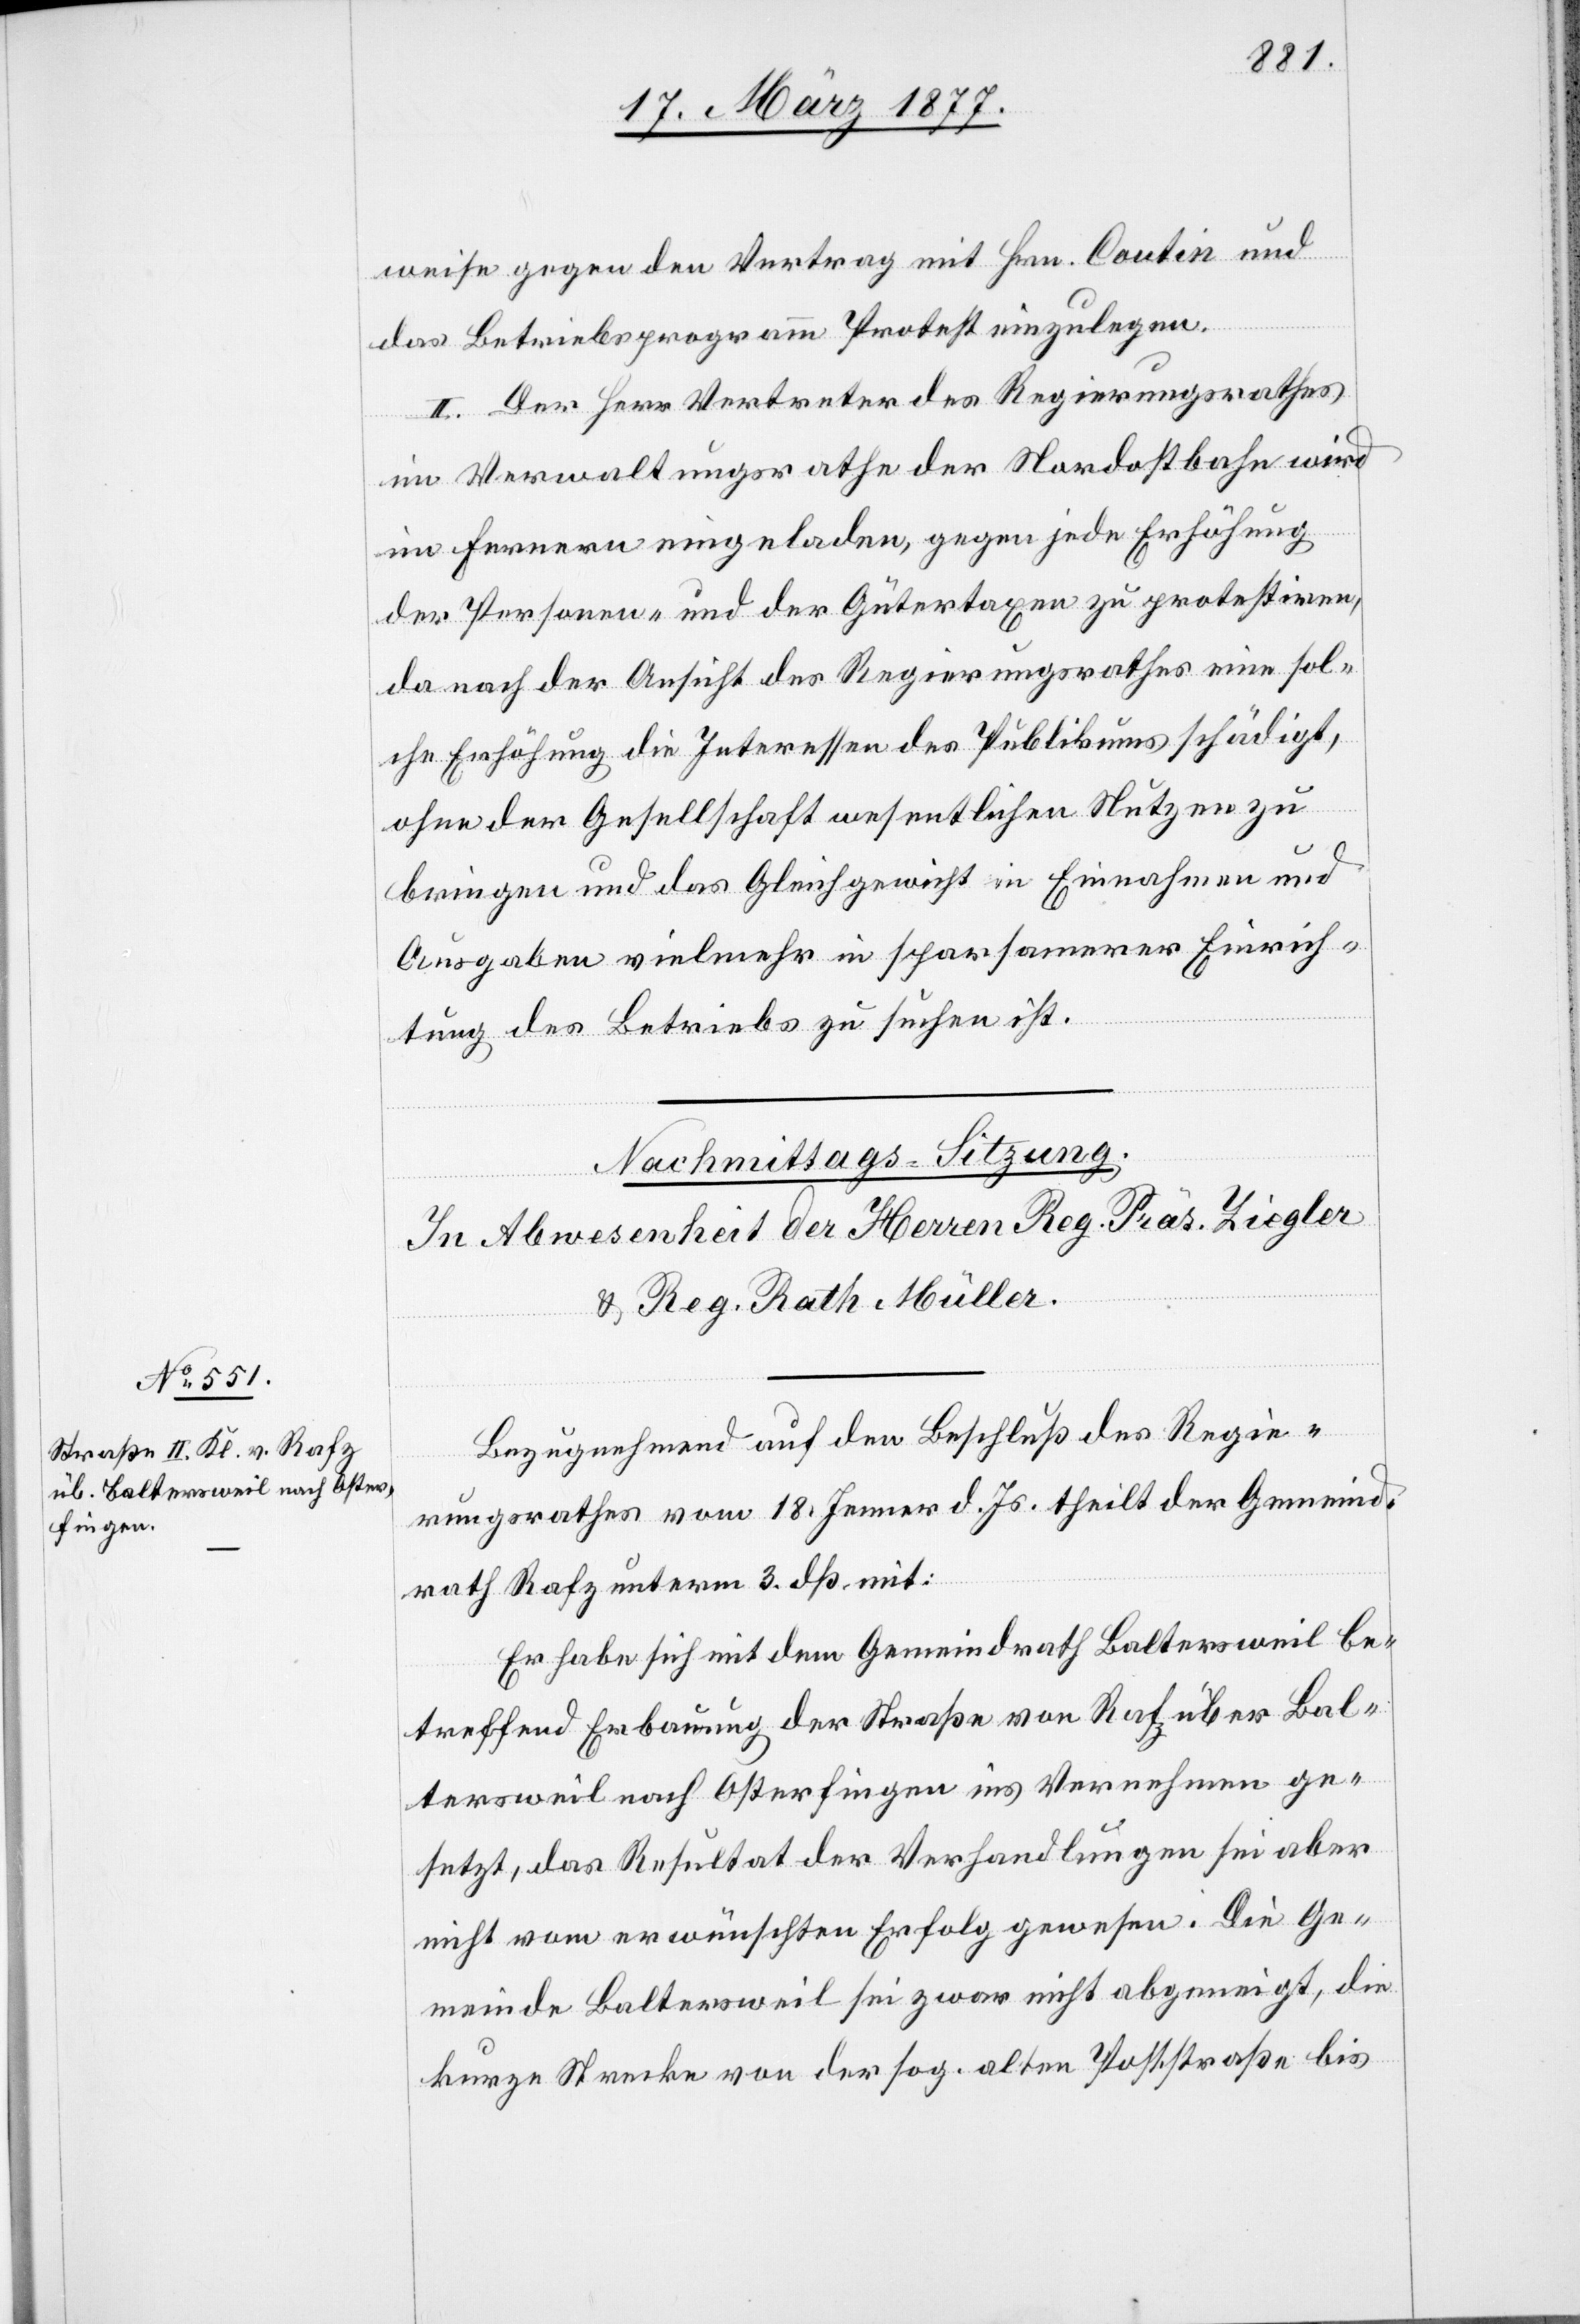
weise gegen den Vertrag mit Hrn. Coutin und
das Betriebsprogramm Protest einzulegen.
II. Der Herr Vertreter des Regierungsrathes
im Verwaltungsrathe der Nordostbahn wird
im Fernern eingeladen, gegen jede Erhöhung
der Personen- und der Gütertaxen zu protestiren,
da nach der Ansicht des Regierungsrathes eine sol¬
che Erhöhung die Interessen des Publikums schädigt,
ohne der Gesellschaft wesentlichen Nutzen zu
bringen und das Gleichgewicht in Einnahmen und
Ausgaben vielmehr in sparsamerer Einrich¬
tung des Betriebs zu suchen ist.
Bezugnehmend auf den Beschluß des Regie¬
rungsrathes vom 18. Jenner d. Js. theilt der Gemeind¬
rath Rafz unterm 3. dß. mit:
Er habe sich mit dem Gemeindrath Baltersweil be¬
treffend Erbauung der Straße von Rafz über Bal¬
tersweil nach Osterfingen ins Vernehmen ge¬
setzt, das Resultat der Verhandlungen sei aber
nicht vom erwünschten Erfolg gewesen. Die Ge¬
meinde Baltersweil sei zwar nicht abgeneigt, die
kurze Strecke von der sog. alten Poststraße bis